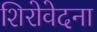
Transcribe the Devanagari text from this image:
शिरोवेदना